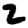
Digit: 2